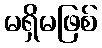
မရှိမဖြစ်